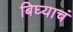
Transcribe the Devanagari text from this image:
बिघ्याचं